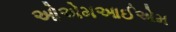
ઓએમઆઈએમ